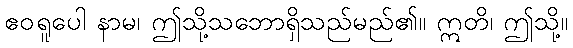
ဧဝရူပေါ နာမ၊ ဤသို့သဘောရှိသည်မည်၏။ ဣတိ၊ ဤသို့။